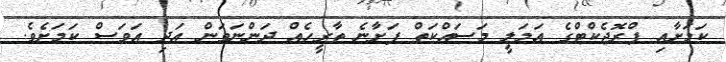
ކަމަށާއި ޕްރޮޖެކްޓްގެ އަމަލީ މަސައްކަތް ފަށާނެ ތާރީހެއް ދަންނަވަން އަދި އަވަސް ކަމަށެވެ.